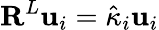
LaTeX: \mathbf{R}^{L}\mathbf{u}_{i}=\hat{\kappa}_{i}\mathbf{u}_{i}